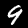
Label: 9